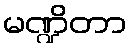
မဏ္ဍိတာ